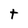
Character: t